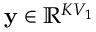
\mathbf { y } \in \mathbb { R } ^ { K V _ { 1 } }